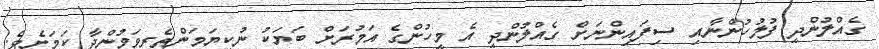
ގެއްލުންދީ ފުލުހުންނާއި ސިފައިންނަށް ގެއްލުންދީ އެ މީހުންގެ އަމުރަށް ބަޔަކު ނުކިޔަމަންތެރިވަމުންދާ ކަމަށެވެ.